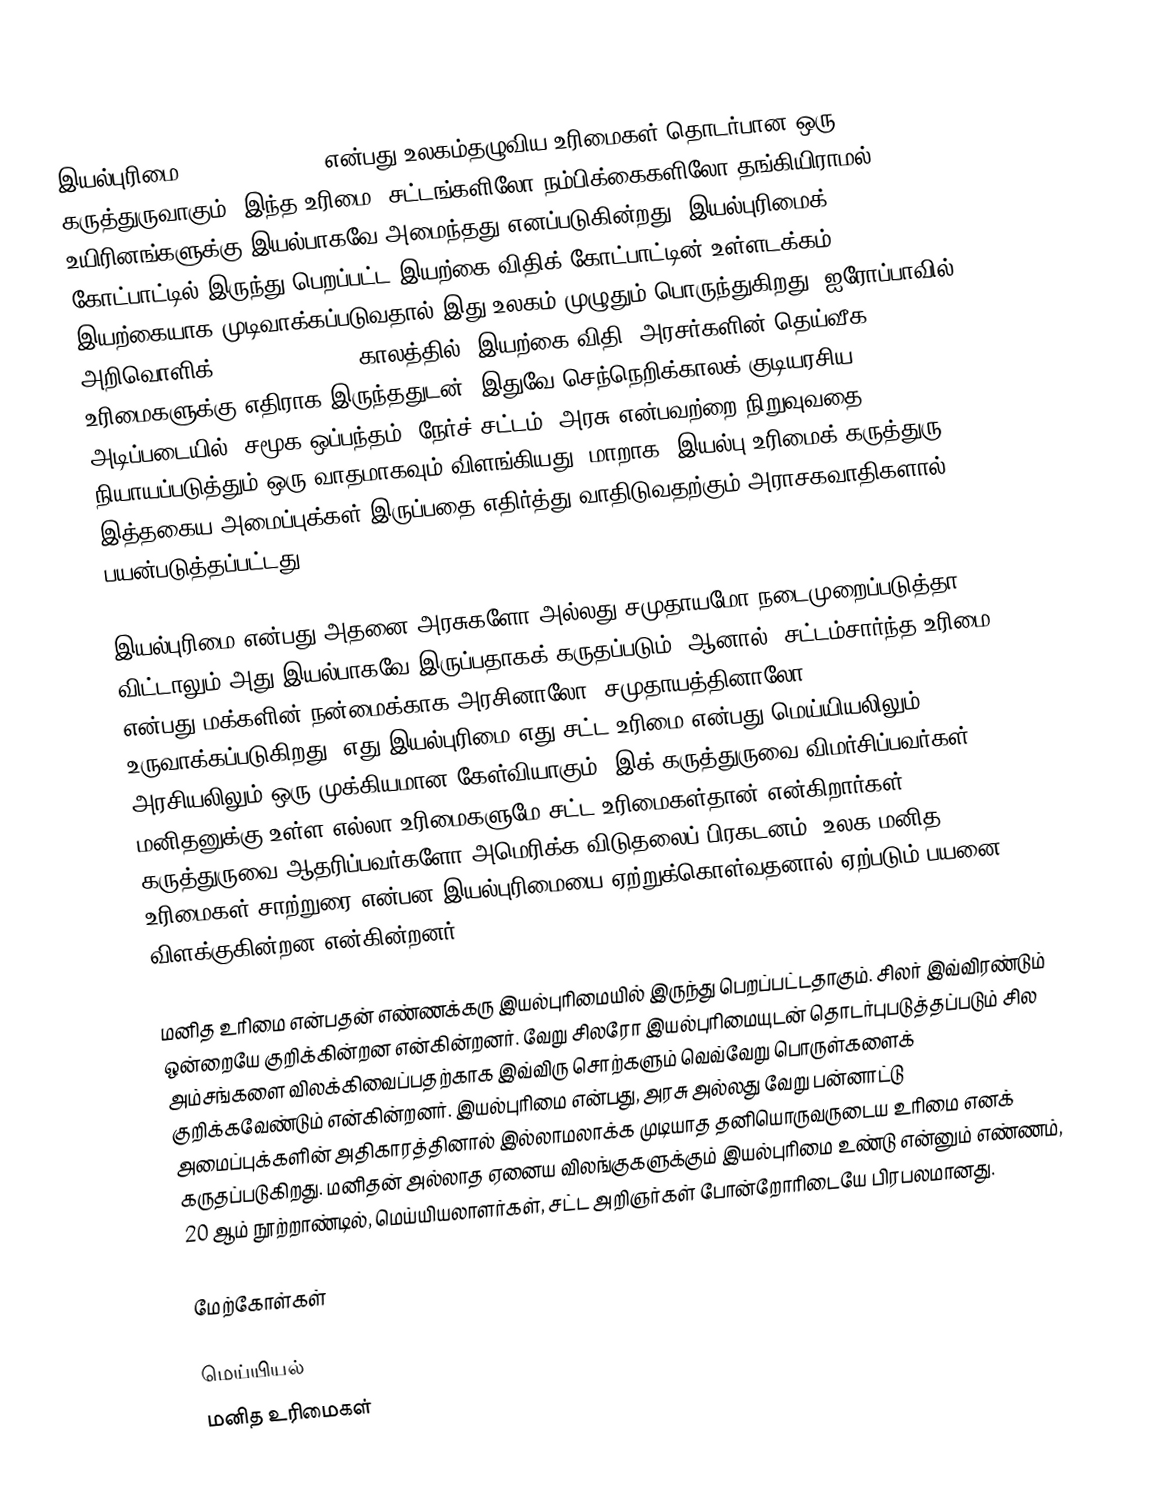
இயல்புரிமை (natural right) என்பது உலகம்தழுவிய உரிமைகள் தொடர்பான ஒரு கருத்துருவாகும். இந்த உரிமை, சட்டங்களிலோ நம்பிக்கைகளிலோ தங்கியிராமல் உயிரினங்களுக்கு இயல்பாகவே அமைந்தது எனப்படுகின்றது. இயல்புரிமைக் கோட்பாட்டில் இருந்து பெறப்பட்ட இயற்கை விதிக் கோட்பாட்டின் உள்ளடக்கம் இயற்கையாக முடிவாக்கப்படுவதால் இது உலகம் முழுதும் பொருந்துகிறது. ஐரோப்பாவில் அறிவொளிக் (Enlightenment) காலத்தில், இயற்கை விதி, அரசர்களின் தெய்வீக உரிமைகளுக்கு எதிராக இருந்ததுடன், இதுவே செந்நெறிக்காலக் குடியரசிய அடிப்படையில், சமூக ஒப்பந்தம், நேர்ச் சட்டம், அரசு என்பவற்றை நிறுவுவதை நியாயப்படுத்தும் ஒரு வாதமாகவும் விளங்கியது. மாறாக, இயல்பு உரிமைக் கருத்துரு, இத்தகைய அமைப்புக்கள் இருப்பதை எதிர்த்து வாதிடுவதற்கும் அராசகவாதிகளால் பயன்படுத்தப்பட்டது.

இயல்புரிமை என்பது அதனை அரசுகளோ அல்லது சமுதாயமோ நடைமுறைப்படுத்தா விட்டாலும் அது இயல்பாகவே இருப்பதாகக் கருதப்படும். ஆனால், சட்டம்சார்ந்த உரிமை என்பது மக்களின் நன்மைக்காக அரசினாலோ, சமுதாயத்தினாலோ உருவாக்கப்படுகிறது. எது இயல்புரிமை எது சட்ட உரிமை என்பது மெய்யியலிலும், அரசியலிலும் ஒரு முக்கியமான கேள்வியாகும். இக் கருத்துருவை விமர்சிப்பவர்கள், மனிதனுக்கு உள்ள எல்லா உரிமைகளுமே சட்ட உரிமைகள்தான் என்கிறார்கள். கருத்துருவை ஆதரிப்பவர்களோ அமெரிக்க விடுதலைப் பிரகடனம், உலக மனித உரிமைகள் சாற்றுரை என்பன இயல்புரிமையை ஏற்றுக்கொள்வதனால் ஏற்படும் பயனை விளக்குகின்றன என்கின்றனர்.

மனித உரிமை என்பதன் எண்ணக்கரு இயல்புரிமையில் இருந்து பெறப்பட்டதாகும். சிலர் இவ்விரண்டும் ஒன்றையே குறிக்கின்றன என்கின்றனர். வேறு சிலரோ இயல்புரிமையுடன் தொடர்புபடுத்தப்படும் சில அம்சங்களை விலக்கிவைப்பதற்காக இவ்விரு சொற்களும் வெவ்வேறு பொருள்களைக் குறிக்கவேண்டும் என்கின்றனர். இயல்புரிமை என்பது, அரசு அல்லது வேறு பன்னாட்டு அமைப்புக்களின் அதிகாரத்தினால் இல்லாமலாக்க முடியாத தனியொருவருடைய உரிமை எனக் கருதப்படுகிறது. மனிதன் அல்லாத ஏனைய விலங்குகளுக்கும் இயல்புரிமை உண்டு என்னும் எண்ணம், 20 ஆம் நூற்றாண்டில், மெய்யியலாளர்கள், சட்ட அறிஞர்கள் போன்றோரிடையே பிரபலமானது.

மேற்கோள்கள்

மெய்யியல்
மனித உரிமைகள்